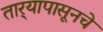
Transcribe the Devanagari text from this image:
तार्‍यापासूनचे